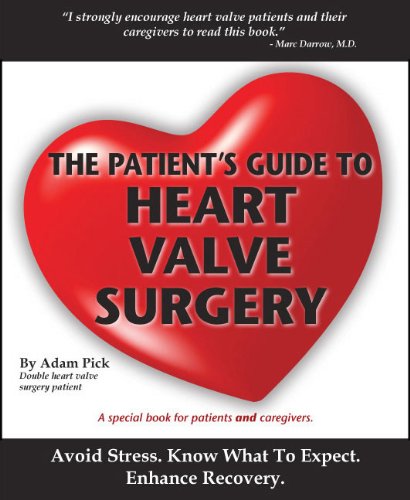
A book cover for The Patient's Guide To Heart Valve Surgery (Heart Valve Replacement And Heart Valve Repair); Adam Pick; Health, Fitness & Dieting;